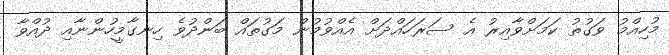
މުހިއްމު ވަގުތު ކަމަށްވާއިރު އެ ސަރަަހައްދަށް އެއްވުމުން މަގުތައް ބަންދުވެ ހިނގާމީހުންނާއި ދުއްވާ